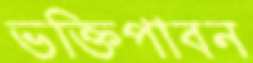
ভক্তিপাবন